Insane asylums Bombay 1873-77 - 1873-1877
Year: 1873
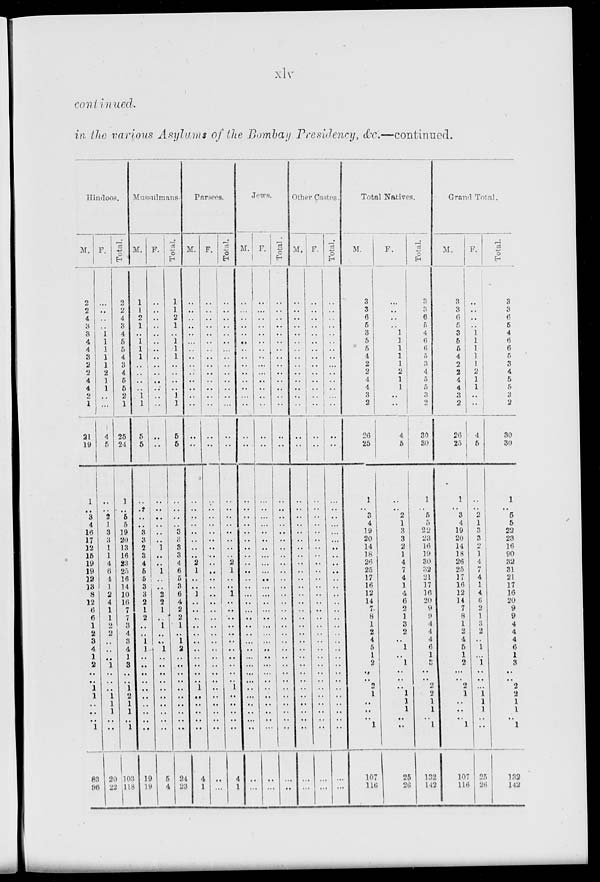
xlv
continued.
in the various Asylums of the Bombay Presidency, &c.—continued.
Hindoos.
M.
2
2
4
3
3
4
4
3
2
2
4
4
2
1
21
19
1
.. 3
4
16
17
12
15
19
19
12
13
8
12
6
6
1
2
3
4
1
2
..
..
1
1
..
..
..
1
83
96
F.
..
..
..
..
1
1
1
1
1
2
1
1
..
..
4
5
..
.. 2
1
3
3
1
1
4
6
4
1
2
4
1
1
2
2
..
..
..
1
..
..
..
1
1
1
..
..
20
22
Total.
2
2
4
3
4
5
5
4
3
4
5
5
2
1
25
24
1
.. 5
5
19
20
13
16
23
25
16
14
10
16
7
7
3
4
3
4
1
3
..
..
1
2
1
1
..
1
103
118
Mussulmans.
M.
1
1
2
1
..
1
1
1
..
..
..
..
1
1
5
5
..
.. ..
..
3
3
2
3
4
5
5
3
3
2
1
2
..
..
1
1
..
..
..
..
..
..
..
..
..
..
19
19
F.
..
..
..
..
..
..
..
..
..
..
..
..
..
..
..
..
..
..
..
..
..
..
1
..
..
1
..
..
2
2
1
..
1
..
..
1
..
..
..
..
..
..
..
..
..
..
5
4
Total.
1
1
2
1
..
1
1
1
..
..
..
..
1
1
5
5
..
..
..
..
3
3
3
3
4
6
5
3
6
4
2
2
1
..
1
2
..
..
..
..
..
..
..
..
..
..
24
23
Parsees.
M.
..
..
..
..
..
..
..
..
..
..
..
..
..
..
..
..
..
.. ..
..
..
..
..
..
2
1
..
..
1
..
..
..
..
..
..
..
..
..
..
..
1
..
..
..
..
..
4
1
F.
..
..
..
..
..
..
..
..
..
..
..
..
..
..
..
..
..
..
..
..
..
..
..
..
..
..
..
..
..
..
..
..
..
..
..
..
..
..
..
..
..
..
..
..
..
..
..
..
Total.
..
..
..
..
..
..
..
..
..
..
..
..
..
..
..
..
..
..
..
..
..
..
..
..
2
1
..
..
1
..
..
..
..
..
..
..
..
..
..
..
1
..
..
..
..
..
4
1
Jews.
M.
..
..
..
..
..
..
..
..
..
..
..
..
..
..
..
..
..
..
..
..
..
..
..
..
..
..
..
..
..
..
..
..
..
..
..
..
..
..
..
..
..
..
..
..
..
..
..
..
F.
..
..
..
..
..
..
..
..
..
..
..
..
..
..
..
..
..
..
..
..
..
..
..
..
..
..
..
..
..
..
..
..
..
..
..
..
..
..
..
..
..
..
..
..
..
..
..
..
Total.
..
..
..
..
..
..
..
..
..
..
..
..
..
..
..
..
..
..
..
..
..
..
..
..
..
..
..
..
..
..
..
..
..
..
..
..
..
..
..
..
..
..
..
..
..
..
..
..
Other Castes.
M.
..
..
..
..
..
..
..
..
..
..
..
..
..
..
..
..
..
..
..
..
..
..
..
..
..
..
..
..
..
..
..
..
..
..
..
..
..
..
..
..
..
..
..
..
..
..
..
..
F.
..
..
..
..
..
..
..
..
..
..
..
..
..
..
..
..
..
..
..
..
..
..
..
..
..
..
..
..
..
..
..
..
..
..
..
..
..
..
..
..
..
..
..
..
..
..
..
..
Total.
..
..
..
..
..
..
..
..
..
..
..
..
..
..
..
..
..
..
..
..
..
..
..
..
..
..
..
..
..
..
..
..
..
..
..
..
..
..
..
..
..
..
..
..
..
..
..
..
Total Natives.
M.
3
3
6
5
3
5
5
4
2
2
4
4
3
2
26
25
1
..
3
4
19
20
14
18
26
25
17
16
12
14
7
8
1
2
4
5
1
2
..
..
2
1
..
..
..
1
107
116
F.
..
..
.. ..
1
1
1
1
1
2
1
1
..
..
4
5
..
.. 2
1
3
3
2
1
4
7
4
1
4
6
2
1
3
2
..
1
..
1
..
..
..
1
1
1
..
..
25
26
Total.
3
3
6
5
4
6
6
5
3
4
5
5
3
2
30
30
1
.. 5
5
22
23
16
19
30
32
21
17
16
20
9
9
4
4
4
6
1
3
..
..
2
2
1
1
..
1
132
142
Grand Total.
M.
3
3
6
5
3
5
5
4
2
2
4
4
3
2
26
25
1
..
3
4
19
20
14
18
26
25
17
16
12
14
7
8
1
2
4
5
1
2
..
..
2
1
..
..
1
107
116
F.
..
..
..
..
1
1
1
1
1
2
1
1
..
..
4
5
..
.. 2
1
3
3
2
1
4
7
4
1
4
6
2
1
3
2
..
1
..
1
..
..
..
1
1
1
..
..
25
26
Total.
3
3
6
5
4
6
6
5
3
4
5
5
3
2
30
30
1
.. 5
5
22
23
16
90
32
31
21
17
16
20
9
9
4
4
4
6
1
3
..
..
2
2
1
1
..
1
132
142